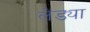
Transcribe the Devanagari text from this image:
लेंड्या